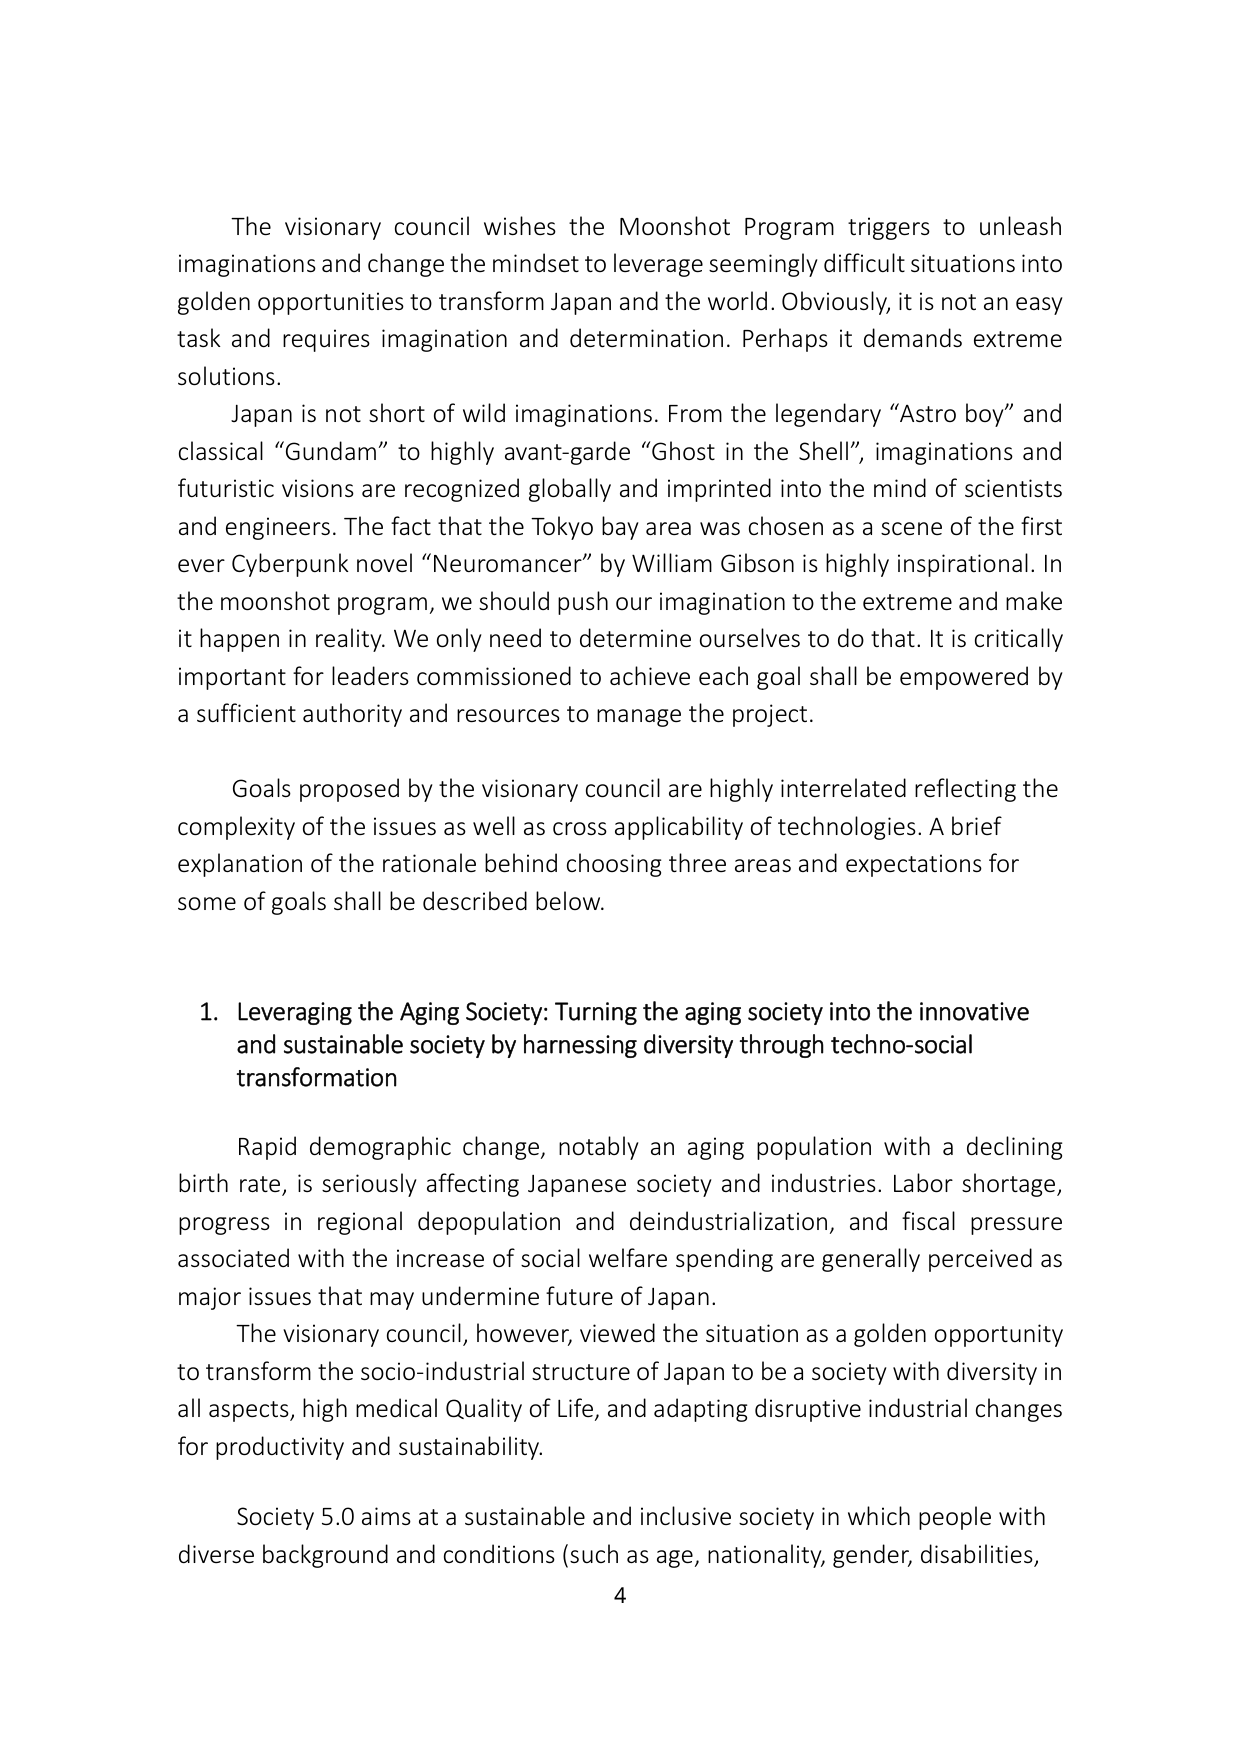
The visionary council wishes the Moonshot Program triggers to unleash imaginations and change the mindset to leverage seemingly difficult situations into golden opportunities to transform Japan and the world. Obviously, it is not an easy task and requires imagination and determination. Perhaps it demands extreme solutions.

Japan is not short of wild imaginations. From the legendary “Astro boy” and classical “Gundam” to highly avant-garde “Ghost in the Shell”, imaginations and futuristic visions are recognized globally and imprinted into the mind of scientists and engineers. The fact that the Tokyo bay area was chosen as a scene of the first ever Cyberpunk novel “Neuromancer” by William Gibson is highly inspirational. In the moonshot program, we should push our imagination to the extreme and make it happen in reality. We only need to determine ourselves to do that. It is critically important for leaders commissioned to achieve each goal shall be empowered by a sufficient authority and resources to manage the project.

Goals proposed by the visionary council are highly interrelated reflecting the complexity of the issues as well as cross applicability of technologies. A brief explanation of the rationale behind choosing three areas and expectations for some of goals shall be described below.

1. Leveraging the Aging Society: Turning the aging society into the innovative and sustainable society by harnessing diversity through techno-social transformation

Rapid demographic change, notably an aging population with a declining birth rate, is seriously affecting Japanese society and industries. Labor shortage, progress in regional depopulation and deindustrialization, and fiscal pressure associated with the increase of social welfare spending are generally perceived as major issues that may undermine future of Japan.

The visionary council, however, viewed the situation as a golden opportunity to transform the socio-industrial structure of Japan to be a society with diversity in all aspects, high medical Quality of Life, and adapting disruptive industrial changes for productivity and sustainability.

Society 5.0 aims at a sustainable and inclusive society in which people with diverse background and conditions (such as age, nationality, gender, disabilities,

4